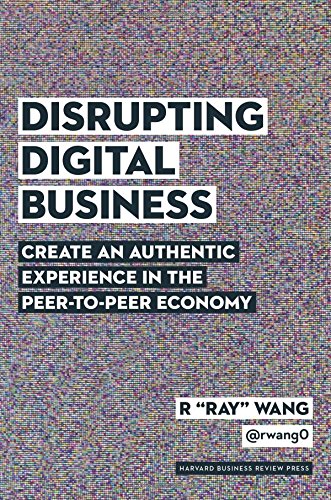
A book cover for Disrupting Digital Business: Create an Authentic Experience in the Peer-to-Peer Economy; R "Ray" Wang; Business & Money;